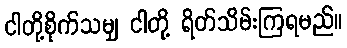
ငါတို့စိုက်သမျှ ငါတို့ ရိတ်သိမ်းကြရမည်။